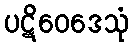
ပဋိဝေဒေသုံ